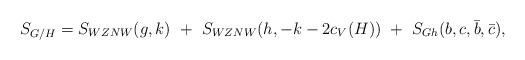
\begin{align*}S_{G/H}=S_{WZNW}(g,k)~+~S_{WZNW}(h,-k-2c_V(H))~+~S_{Gh}(b,c,\bar b,\bar c),\end{align*}